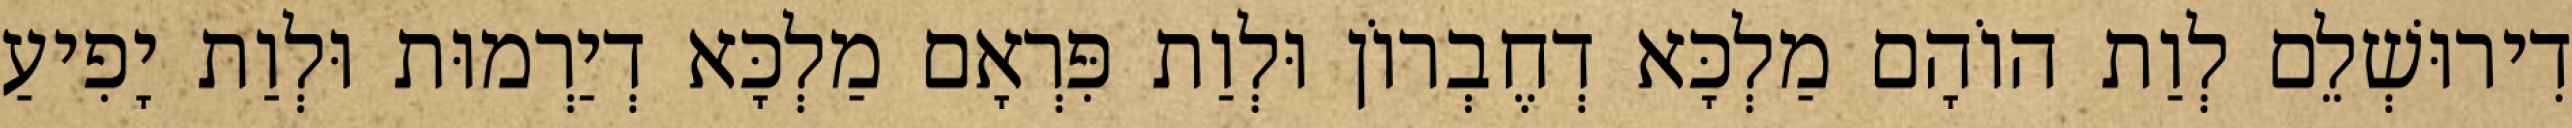
דִירוּשְׁלֵם לְוַת הוֹהָם מַלְכָּא דְחֶבְרוֹן וּלְוַת פִּרְאָם מַלְכָּא דְיַרְמוּת וּלְוַת יָפִיעַ